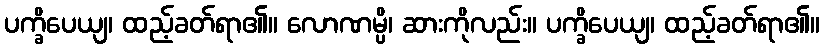
ပက္ခိပေယျ၊ ထည့်ခတ်ရာ၏။ လောဏမ္ပိ၊ ဆားကိုလည်း။ ပက္ခိပေယျ၊ ထည့်ခတ်ရာ၏။